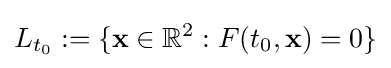
L_{t_{0}}:=\{{\mathbf {x} }\in \mathbb {R} ^{2}:F(t_{0},{\mathbf {x} })=0\}